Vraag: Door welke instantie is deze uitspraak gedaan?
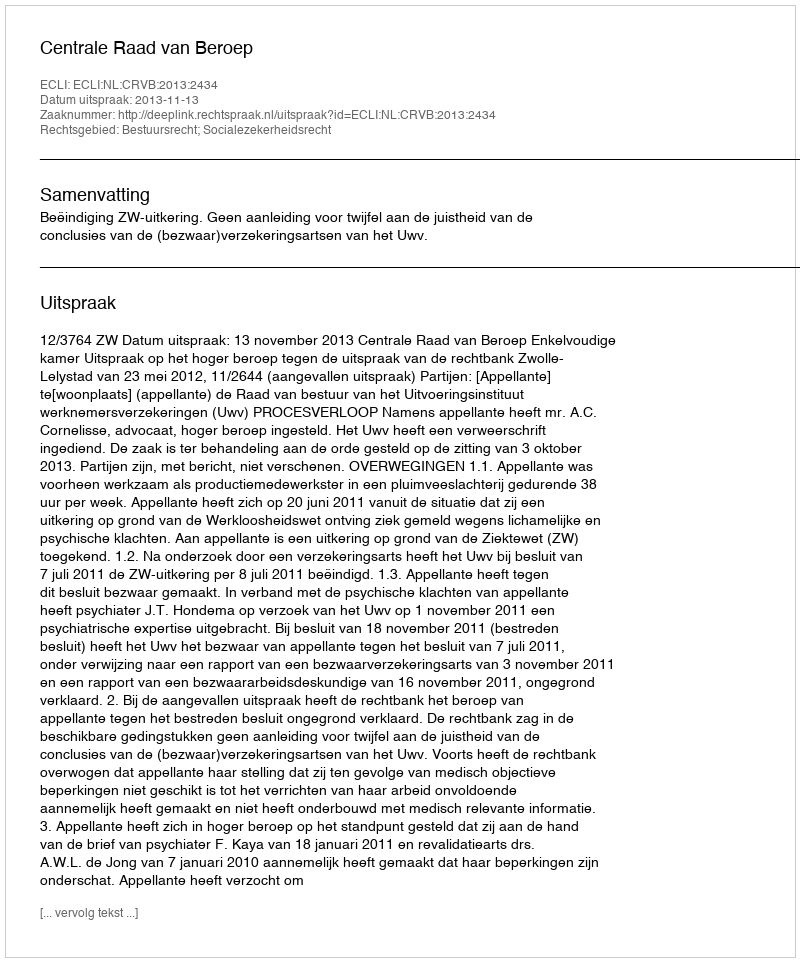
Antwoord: Centrale Raad van Beroep